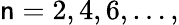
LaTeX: \mathsf{n}=2,4,6,\dots,